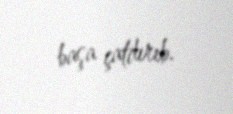
başa çatdırıb.